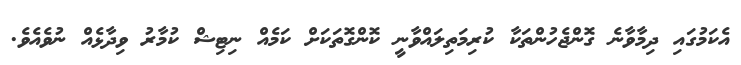
އެކަމުގައި ދިމާވާނެ ގޮންޖެހުންތަކާ ކުރިމަތިލައްވާނީ ކޮންގޮތަކަށް ކަމެއް ނިޓިޝް ކުމާރު ވިދާޅެއް ނުވެއެވެ.